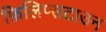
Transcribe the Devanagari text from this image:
फ़िलिप्सटाउन